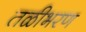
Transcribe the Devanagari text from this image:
तळीभरण